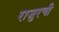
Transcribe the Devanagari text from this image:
राजुरची